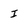
Character: I